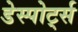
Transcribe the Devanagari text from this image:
डेस्पोर्ट्स